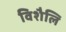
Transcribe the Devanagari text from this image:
विशैलि